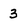
Character: 3